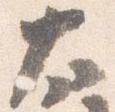
太